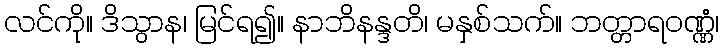
လင်ကို။ ဒိသွာန၊ မြင်ရ၍။ နာဘိနန္ဒတိ၊ မနှစ်သက်။ ဘတ္တာရဝဏ္ဏံ၊